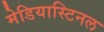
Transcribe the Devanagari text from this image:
मेडियास्टिनल